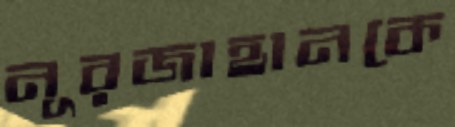
নূরজাহানকে